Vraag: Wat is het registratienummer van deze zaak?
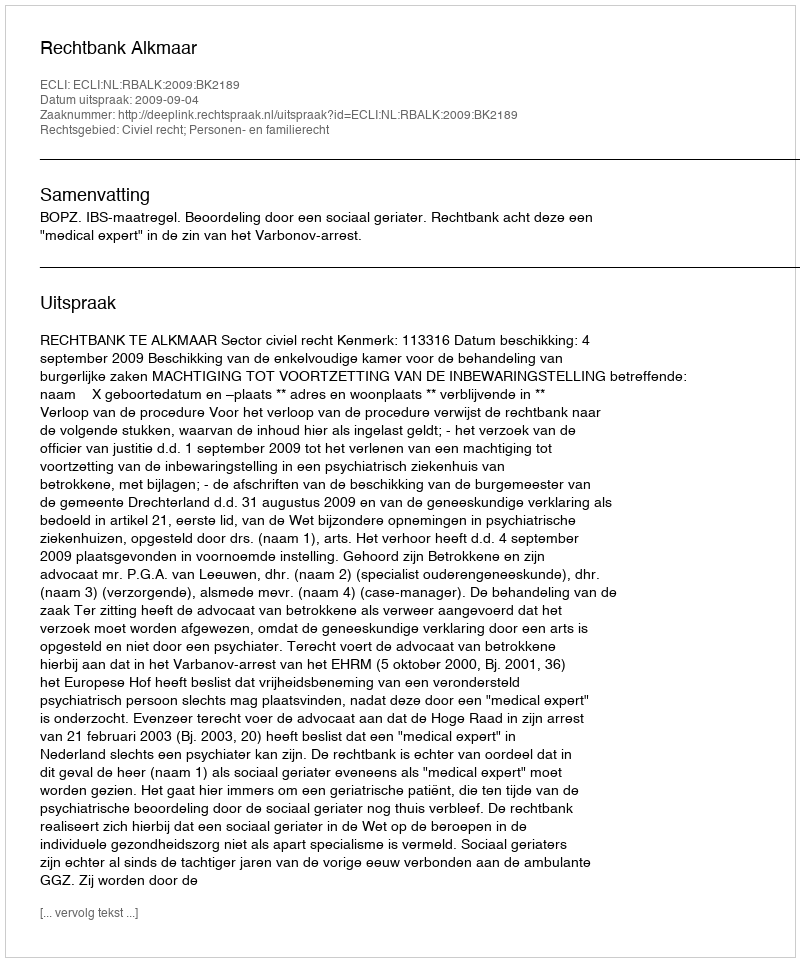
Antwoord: http://deeplink.rechtspraak.nl/uitspraak?id=ECLI:NL:RBALK:2009:BK2189